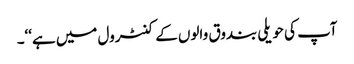
آپ کی حویلی بندوق والوں کے کنٹرول میں ہے‘‘۔